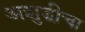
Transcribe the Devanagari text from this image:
अशुद्धीचा